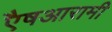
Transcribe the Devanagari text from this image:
एैषआरामी